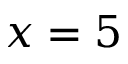
x = 5